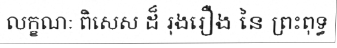
លក្ខណៈ ពិសេស ដ៏ រុងរឿង នៃ ព្រះពុទ្ធ